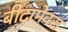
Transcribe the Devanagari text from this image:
बीटामेक्स